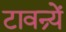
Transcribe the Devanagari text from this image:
टावन्र्यें